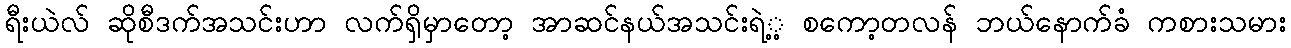
ရီးယဲလ် ဆိုစီဒက်အသင်းဟာ လက်ရှိမှာတော့ အာဆင်နယ်အသင်းရဲ့့ စကော့တလန် ဘယ်နောက်ခံ ကစားသမား